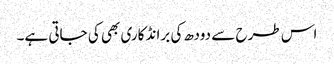
اس طرح سے دودھ کی برانڈ کاری بھی کی جاتی ہے۔